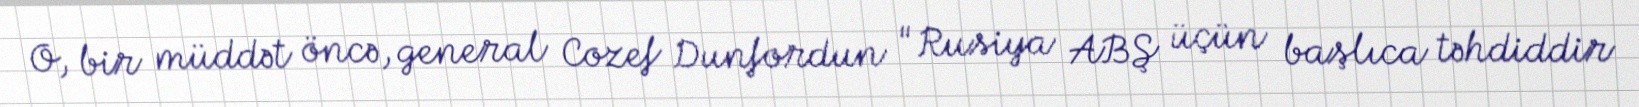
O, bir müddət öncə, general Cozef Dunfordun "Rusiya ABŞ üçün başlıca təhdiddir